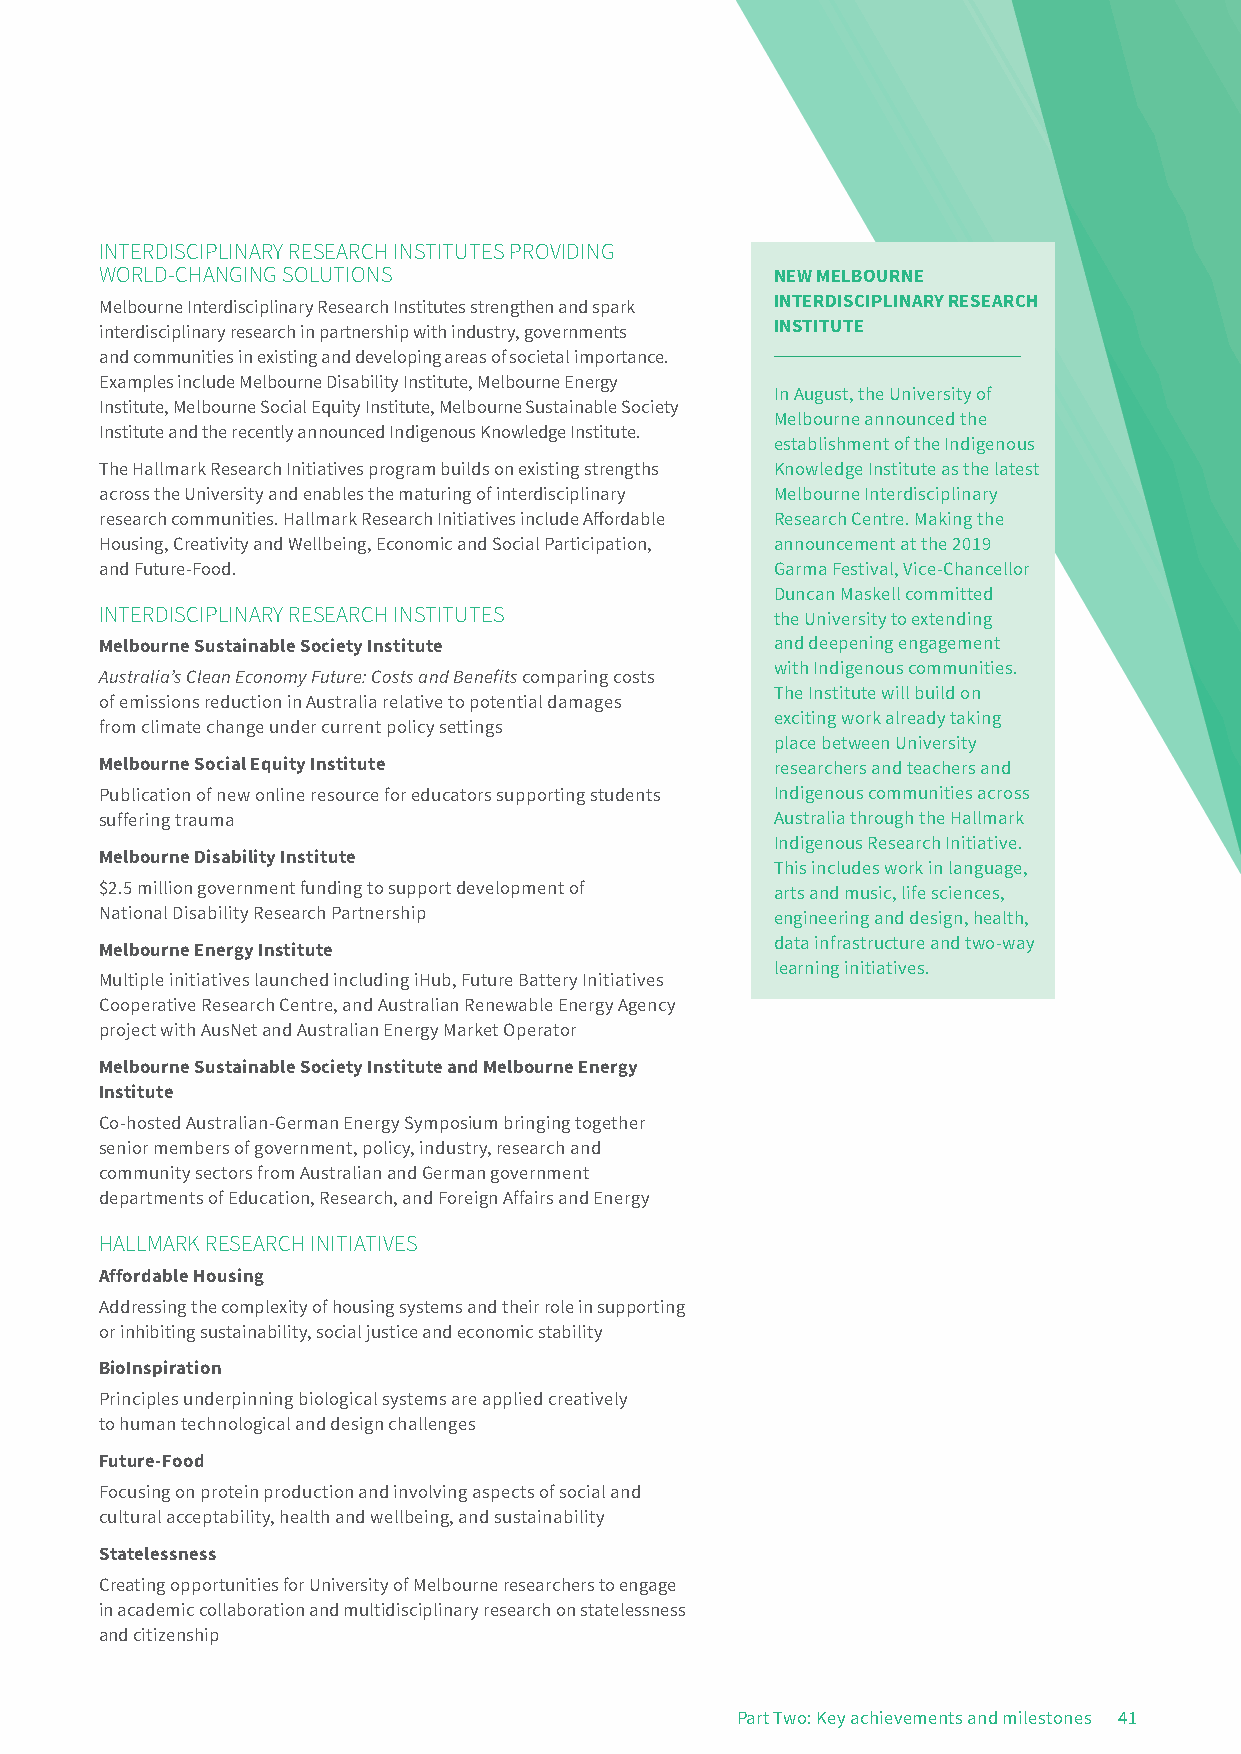
INTERDISCIPLINARY RESEARCH INSTITUTES PROVIDING
 WORLD-CHANGING SOLUTIONS                    NEW MELBOURNE
 Melbourne Interdisciplinary Research Institutes strengthen and spark INTERDISCIPLINARY RESEARCH
 interdisciplinary research in partnership with industry, governments INSTITUTE
 and communities in existing and developing areas of societal importance.
 Examples include Melbourne Disability Institute, Melbourne Energy
 In August, the University of
 Institute, Melbourne Social Equity Institute, Melbourne Sustainable Society
 Melbourne announced the
 Institute and the recently announced Indigenous Knowledge Institute.
 establishment of the Indigenous
 The Hallmark Research Initiatives program builds on existing strengths Knowledge Institute as the latest
 across the University and enables the maturing of interdisciplinary Melbourne Interdisciplinary
 research communities. Hallmark Research Initiatives include Affordable Research Centre. Making the
 Housing, Creativity and Wellbeing, Economic and Social Participation, announcement at the 2019
 and Future-Food.                            Garma Festival, Vice-Chancellor
 Duncan Maskell committed
 INTERDISCIPLINARY RESEARCH INSTITUTES
 the University to extending
 Melbourne Sustainable Society Institute     and deepening engagement
 with Indigenous communities.
 Australia’s Clean Economy Future: Costs and Benefits comparing costs
 The Institute will build on
 of emissions reduction in Australia relative to potential damages
 exciting work already taking
 from climate change under current policy settings
 place between University
 Melbourne Social Equity Institute           researchers and teachers and
 Publication of new online resource for educators supporting students Indigenous communities across
 suffering trauma                            Australia through the Hallmark
 Indigenous Research Initiative.
 Melbourne Disability Institute
 This includes work in language,
 $2.5 million government funding to support development of arts and music, life sciences,
 National Disability Research Partnership    engineering and design, health,
 data infrastructure and two-way
 Melbourne Energy Institute
 learning initiatives.
 Multiple initiatives launched including iHub, Future Battery Initiatives
 Cooperative Research Centre, and Australian Renewable Energy Agency
 project with AusNet and Australian Energy Market Operator
 Melbourne Sustainable Society Institute and Melbourne Energy
 Institute
 Co-hosted Australian-German Energy Symposium bringing together
 senior members of government, policy, industry, research and
 community sectors from Australian and German government
 departments of Education, Research, and Foreign Affairs and Energy
 HALLMARK RESEARCH INITIATIVES
 Affordable Housing
 Addressing the complexity of housing systems and their role in supporting
 or inhibiting sustainability, social justice and economic stability
 BioInspiration
 Principles underpinning biological systems are applied creatively
 to human technological and design challenges
 Future-Food
 Focusing on protein production and involving aspects of social and
 cultural acceptability, health and wellbeing, and sustainability
 Statelessness
 Creating opportunities for University of Melbourne researchers to engage
 in academic collaboration and multidisciplinary research on statelessness
 and citizenship
 Part Two: Key achievements and milestones 41